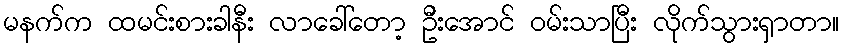
မနက်က ထမင်းစားခါနီး လာခေါ်တော့ ဦးအောင် ဝမ်းသာပြီး လိုက်သွားရှာတာ။